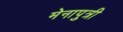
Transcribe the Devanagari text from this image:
मेनापुत्री